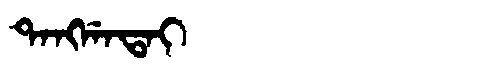
Manchu: ᡨᠠᠩᡤᠠᡨᠠᡳ
Romanization: TANGGATAI